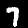
Label: 7